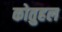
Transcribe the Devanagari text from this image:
कोतुहल